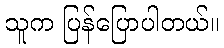
သူက ပြန်ပြောပါတယ်။